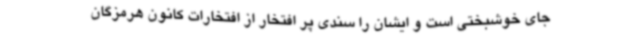
جای خوشبختی است و ایشان را سندی پر افتخار از افتخارات کانون هرمزگان